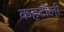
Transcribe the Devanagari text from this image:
कहटोली